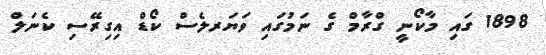
1898 ގައި މާކޯނީ ގްރާމް ގެ ނަމުގައި ވަޔަރލެސް ކޯޑް އިގިރޭސި ކެނަލް